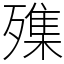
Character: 㱷